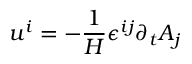
u ^ { i } = - \frac { 1 } { H } \epsilon ^ { i j } \partial _ { t } { A } _ { j }